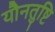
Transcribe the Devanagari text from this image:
यौनतुष्टि